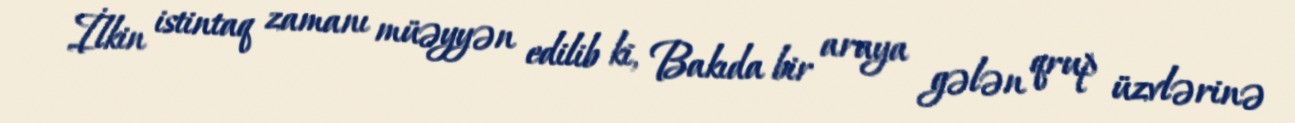
İlkin istintaq zamanı müəyyən edilib ki, Bakıda bir araya gələn qrup üzvlərinə